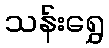
သန်းရွှေ